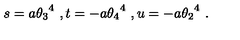
s = a { \theta _ { 3 } } ^ { 4 } \ , t = - a { \theta _ { 4 } } ^ { 4 } \ , u = - a { \theta _ { 2 } } ^ { 4 } \ .